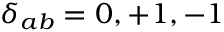
\delta _ { a b } = 0 , + 1 , - 1